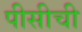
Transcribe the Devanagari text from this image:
पीसीची